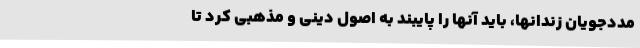
مددجویان زندانها، باید آنها را پایبند به اصول دینی و مذهبی کرد تا